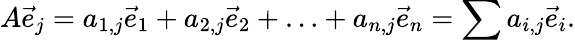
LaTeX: A{\vec{e}}_{j}=a_{1,j}{\vec{e}}_{1}+a_{2,j}{\vec{e}}_{2}+\ldots+a_{n,j}{\vec{e}}_{n}=\sum a_{i,j}{\vec{e}}_{i}.